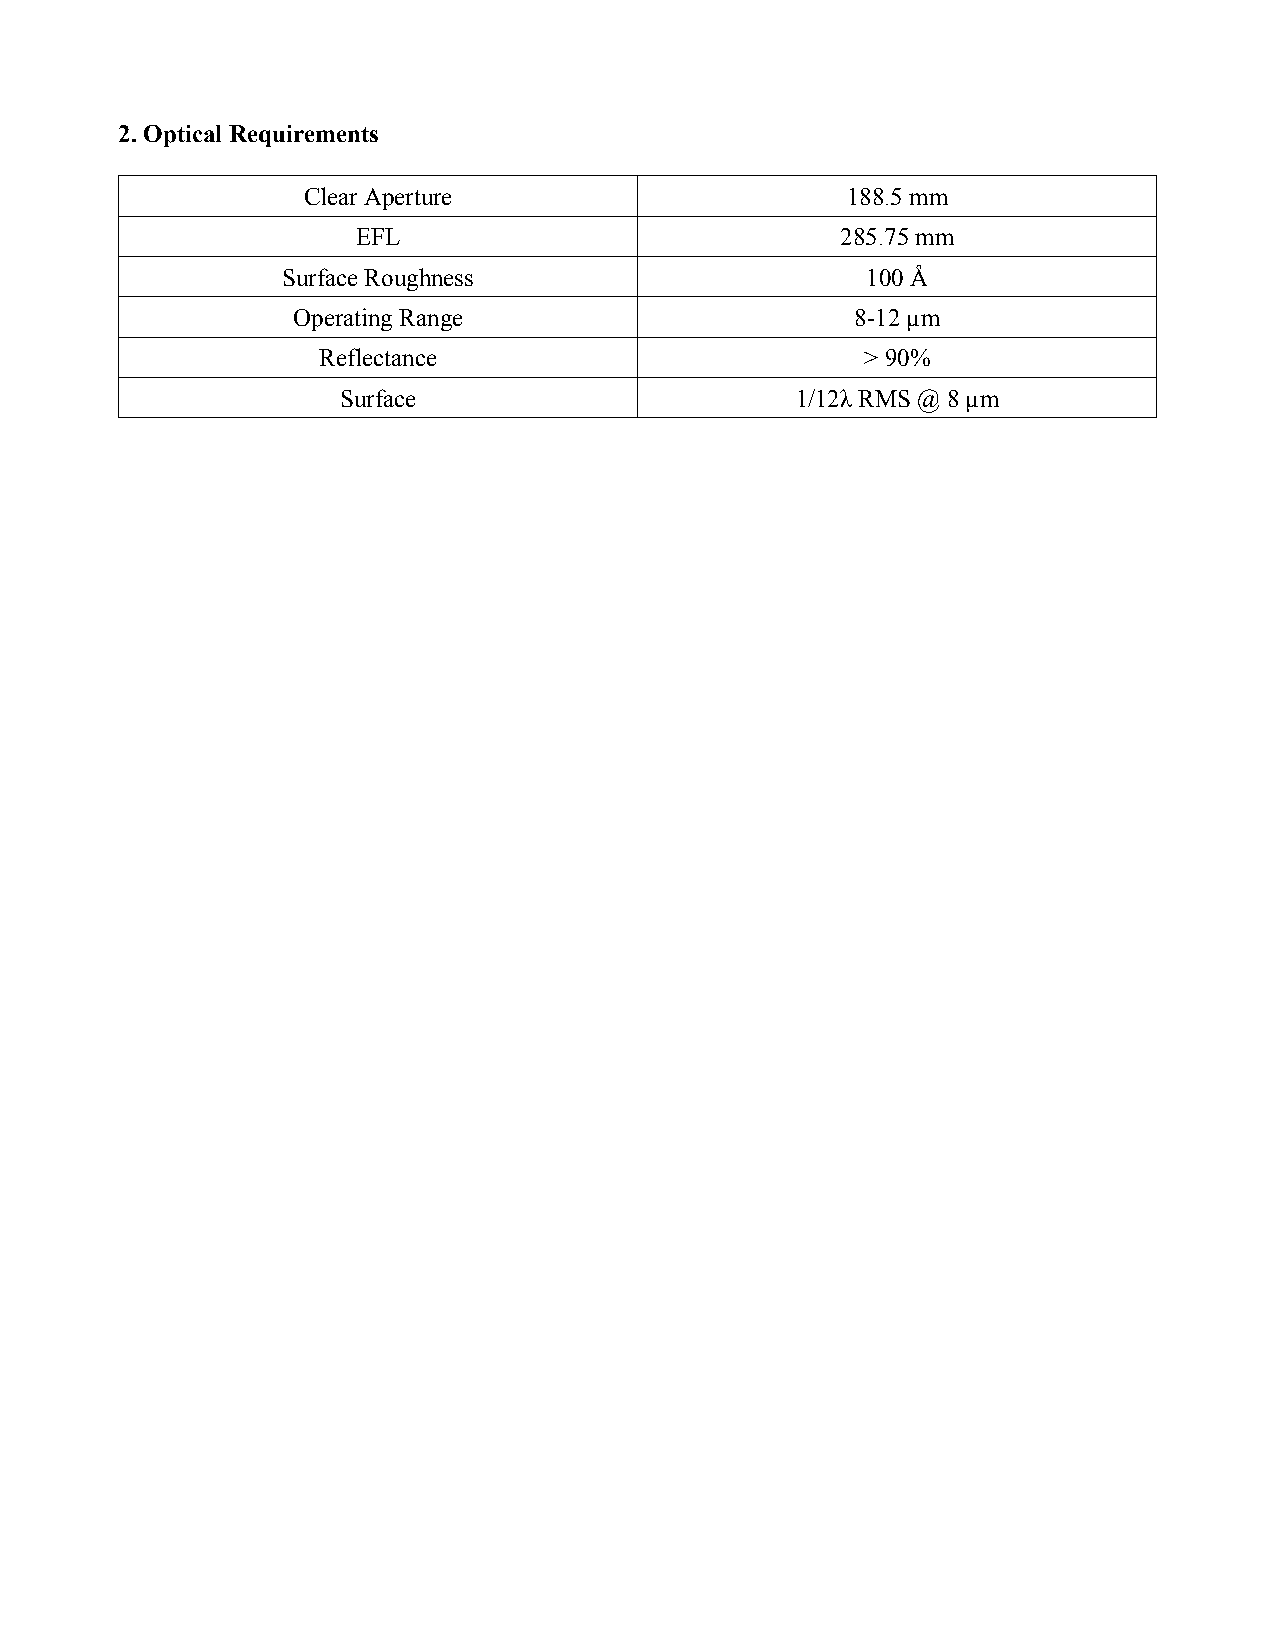
2. Optical Requirements
 Clear Aperture                      188.5 mm
 EFL                             285.75 mm
 Surface Roughness                     100 Å
 Operating Range                       8-12 µm
 Reflectance                         > 90%
 Surface                       1/12λ RMS @ 8 µm